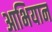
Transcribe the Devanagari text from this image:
आभियान